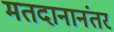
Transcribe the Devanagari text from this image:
मतदानानंतर